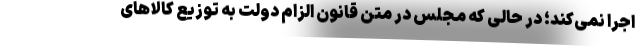
اجرا نمی‌کند؛ در حالی که مجلس در متن قانون الزام دولت به توزیع کالاهای